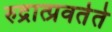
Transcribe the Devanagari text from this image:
रुद्रात्प्रवर्तते